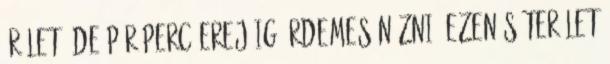
őrület, de pár perc erejéig érdemes nézni. Ezen síterület